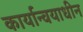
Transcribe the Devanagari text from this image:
कार्यान्वयाधीन